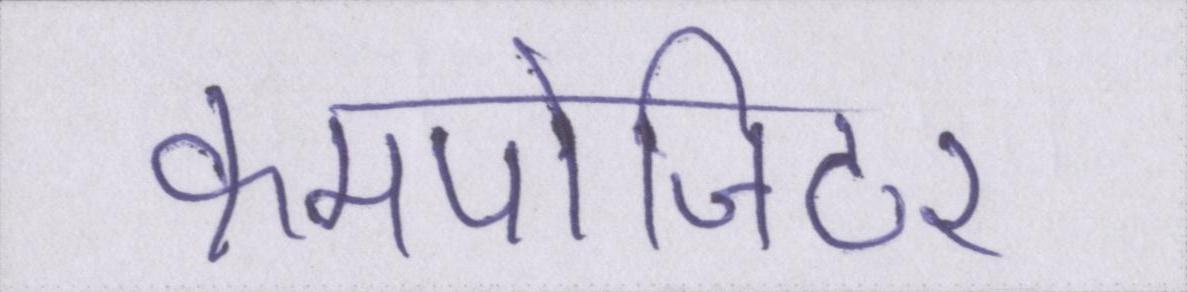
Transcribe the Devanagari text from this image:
कमपोजिटर